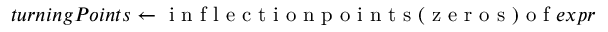
t u r n i n g P o i n t s \gets \mathrm { ~ i ~ n ~ f ~ l ~ e ~ c ~ t ~ i ~ o ~ n ~ p ~ o ~ i ~ n ~ t ~ s ~ ( ~ z ~ e ~ r ~ o ~ s ~ ) ~ o ~ f ~ } e x p r